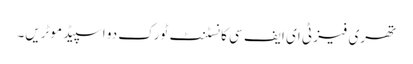
تھری فیز ٹی ای ایف سی کانسٹنٹ ٹورک دو اسپیڈ موٹریں۔